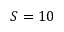
S = 1 0